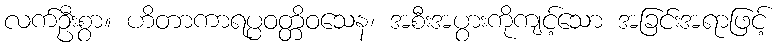
လက်ဦးစွာ။ ဟိတာကာရပ္ပဝတ္တိဝသေန၊ အစီးအပွားကိုကျင့်သော အခြင်းအရာဖြင့်